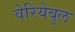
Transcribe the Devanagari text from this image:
वेरियेबुल